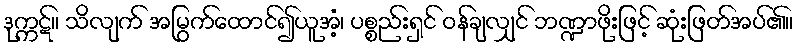
ဒုက္ကဋ်။ သိလျက် အမြွက်ထောင်၍ယူအံ့၊ ပစ္စည်းရှင် ဝန်ချလျှင် ဘဏ္ဍာဖိုးဖြင့် ဆုံးဖြတ်အပ်၏။